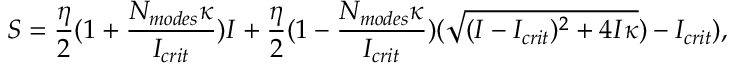
S = \frac { \eta } { 2 } ( 1 + \frac { N _ { m o d e s } \kappa } { I _ { c r i t } } ) I + \frac { \eta } { 2 } ( 1 - \frac { N _ { m o d e s } \kappa } { I _ { c r i t } } ) ( \sqrt { ( I - I _ { c r i t } ) ^ { 2 } + 4 I \kappa } ) - I _ { c r i t } ) ,